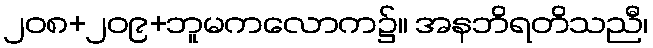
၂၀၈+၂၀၉+ဘူမကလောက၌။ အနဘိရတိသညီ၊